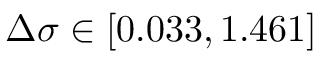
\Delta \sigma \in [ 0 . 0 3 3 , 1 . 4 6 1 ]